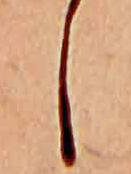
し